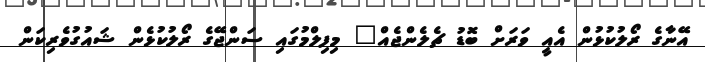
އޭނާގެ ރޯލުކުޅުން އެއީ ވަރަށް ބޮޑު ޗެލެންޖެއް" މިފިލްމުގައި ސަންޖޭގެ ރޯލުކުޅެން ޝައުގުވެރިކަން